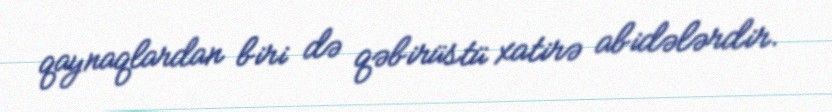
qaynaqlardan biri də qəbirüstü xatirə abidələrdir.